Subject: physics
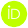
LaTeX code:
	\begin{tikzpicture}
	\draw[lime, fill=lime] (0,0)
	circle [radius=0.16]
	node[white] {{\fontfamily{qag}\selectfont \tiny ID}};
	\draw[white, fill=white] (-0.0625,0.095)
	circle [radius=0.007];
	\end{tikzpicture}